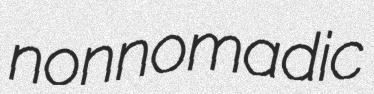
nonnomadic